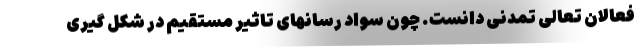
فعالان تعالی تمدنی دانست. چون سواد رسانهای تاثیر مستقیم در شکل گیری